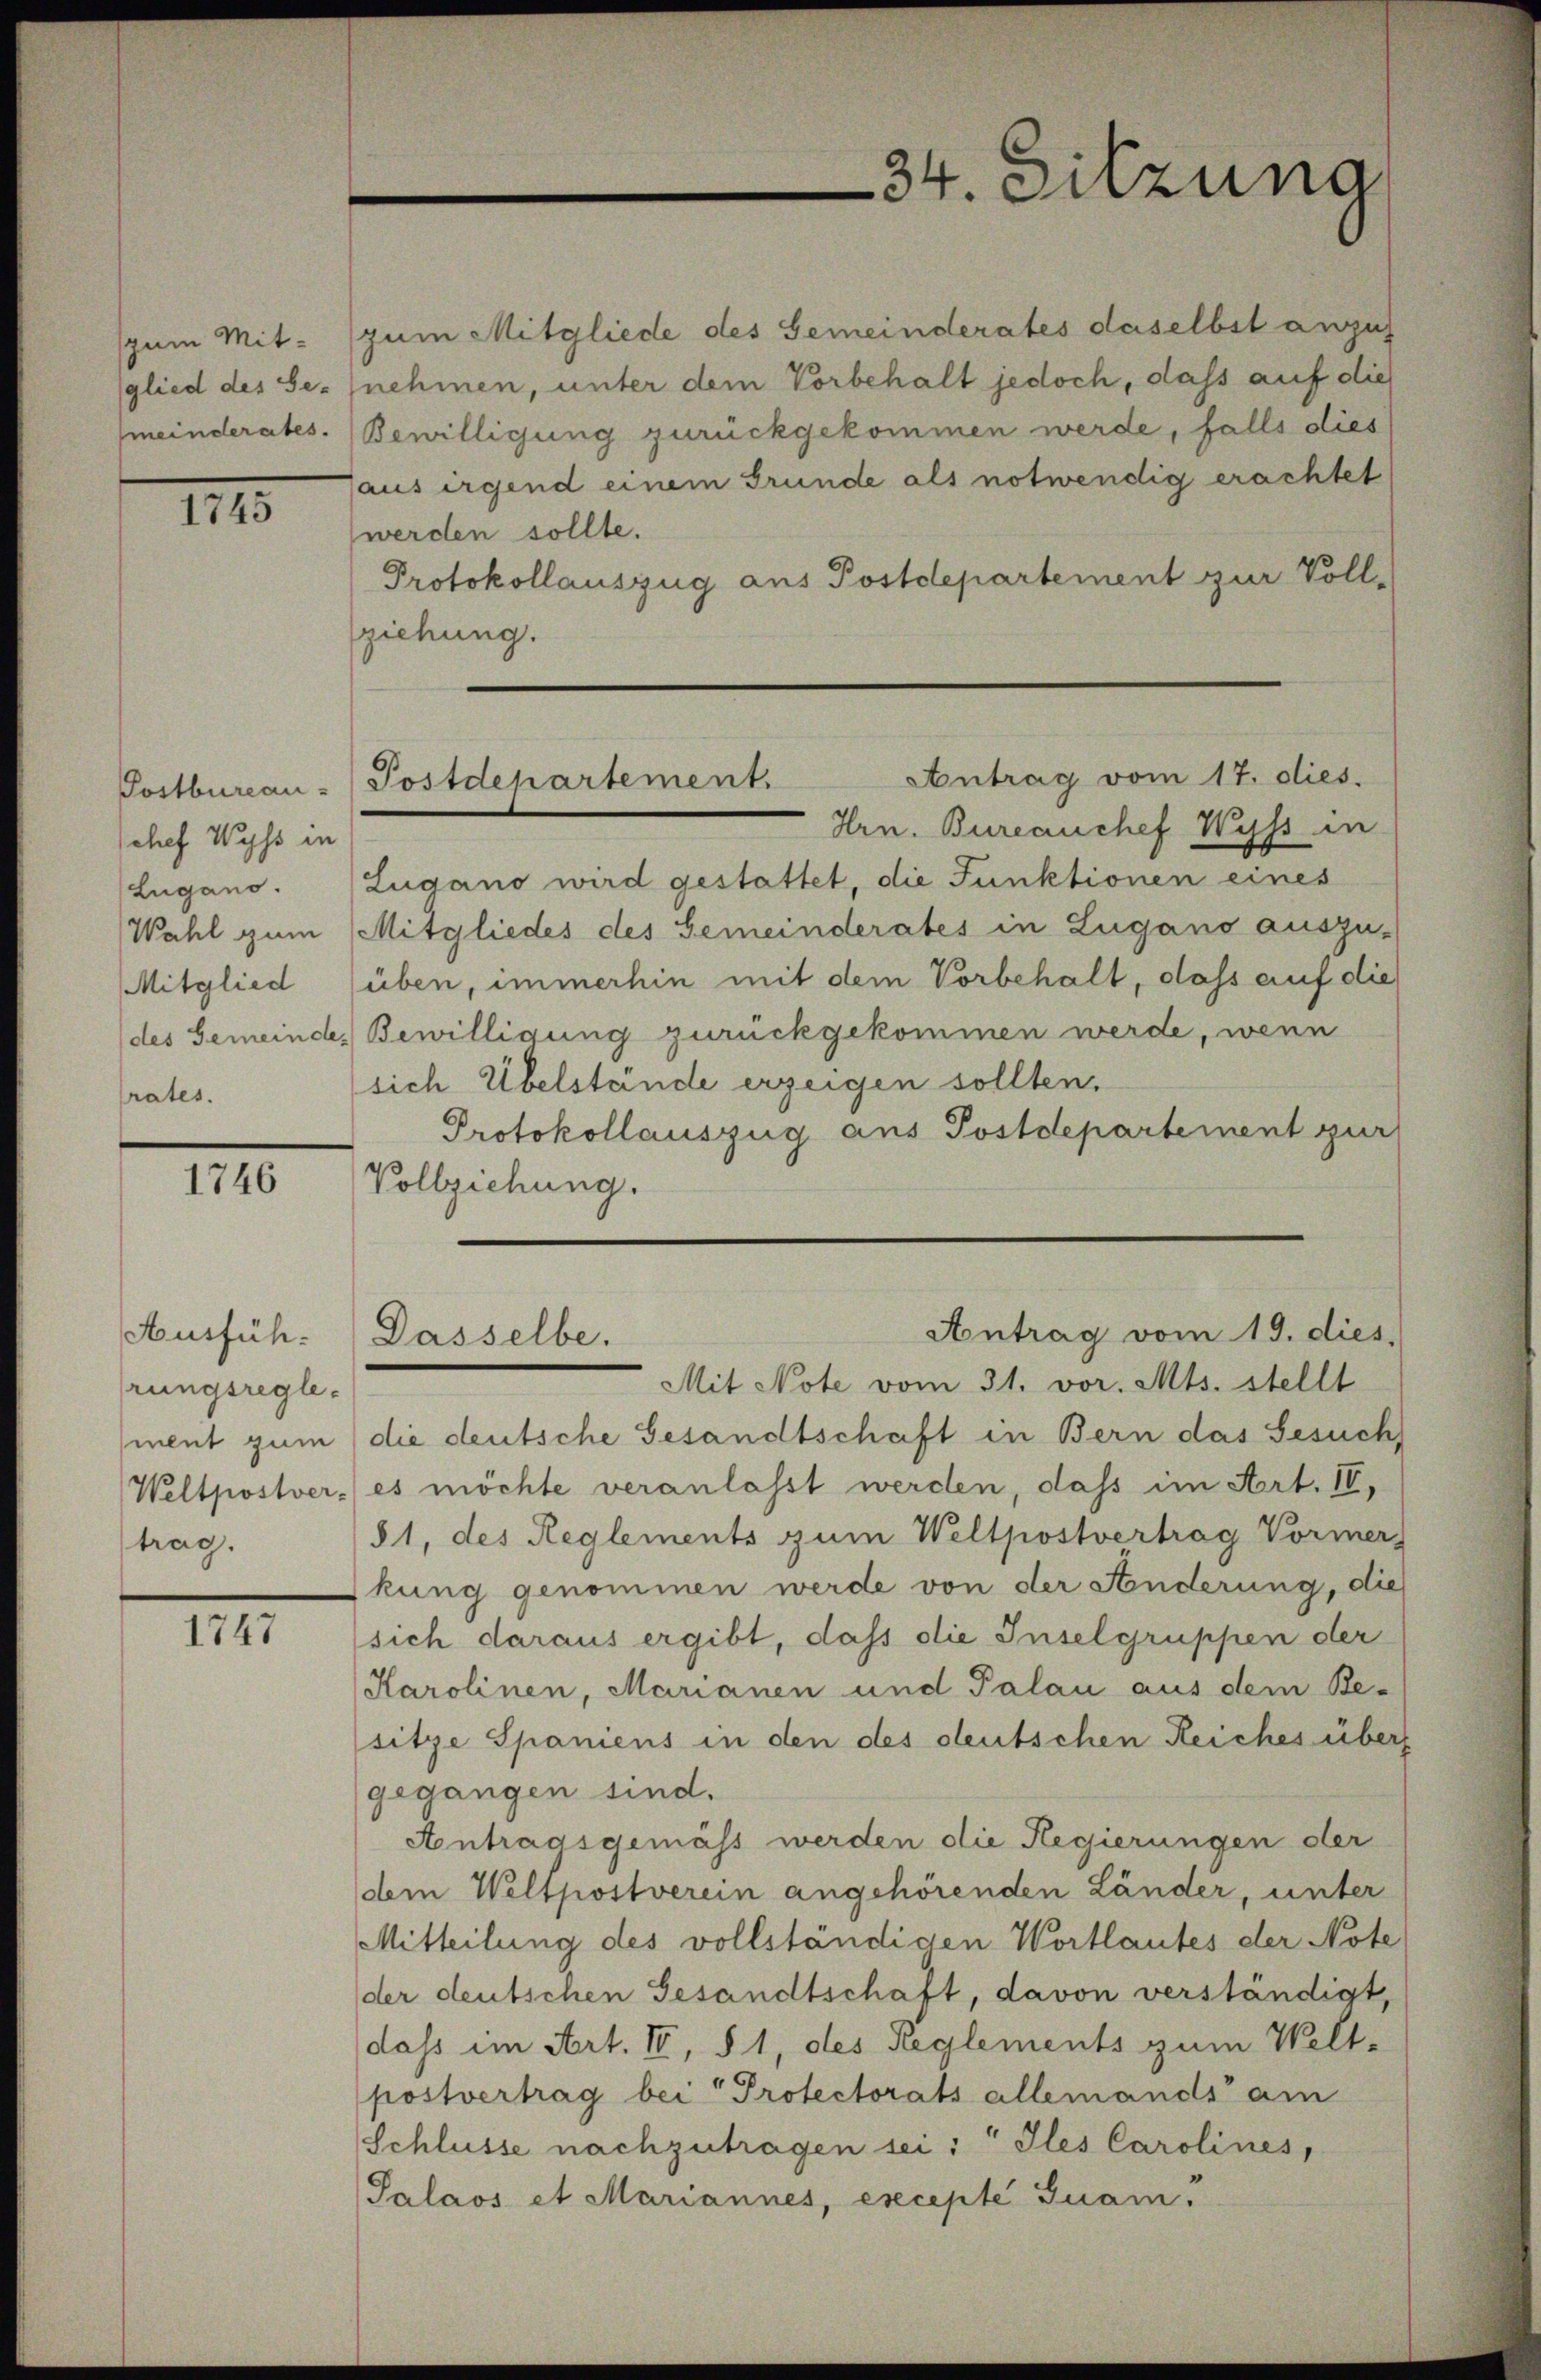
zum Mitglied des Se-
meinderates.

1745

chef Wyss in
rates.

1746

Ausführungsreglement zum
Weltpostver-
trag.

1747

Postbureau-Postdepartement.

34. Silzuna

zum Mitgliede des Gemeinderates daselbst anzuf
nehmen, unter dem Vorbehalt jedoch, dass auf die
Bewilligung zurückgekommen werde, falls dies
aus irgend einem Grunde als notwendig erachtet
werden sollte.
Protokollauszug aus Postdepartement zur Voll-
ziehung.
Antrag vom 17. dies.
Hrn. Bureauchef Wyss in
Lugano. (Zugano wird gestattet, die Funktionen eines
Wahl zum Mitgliedes des Gemeinderates in Lugano auszu-
Mitglied (üben, immerhin mit dem Vorbehalt, dass auf die
des Gemeinde Bewilligung zurückgekommen werde, wenn
sich Übelstände erzeigen sollten.
Protokollauszug aus Postdepartement zur
Vollziehung.
Antrag vom 19. dies
Dasselbe.
Mit Note vom 31. vor. Mts. stellt
die deutsche Gesandtschaft in Bern das Gesuch
es möchte veranlasst werden, dass im Art. IV,
81, des Reglements zum Weltpostvertrag Vormer
kung genommen werde von der Änderung, die
sich daraus ergibt, dass die Inselgruppen der
Karolinen, Marianen und Palau aus dem Be-
sitze Spaniens in den des deutschen Reiches über
gegangen sind.
Antragsgemäss werden die Regierungen der
oben Weltpostverein angehörenden Länder, unter
Mitteilung des vollständigen Wortlautes der Note
der deutschen Gesandtschaft, davon verständigt,
dass im Art. I, § 1, des Reglements zum Welt-
postvertrag bei Protectorats allemands am
Schlüsse nachzutragen sei: " Jes Carolines,
Palaos et Mariannes, excepté Suam.